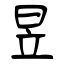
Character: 昱